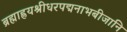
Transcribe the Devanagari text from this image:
ब्रह्माह्नयश्रीधरपद्मनाभबीजानि